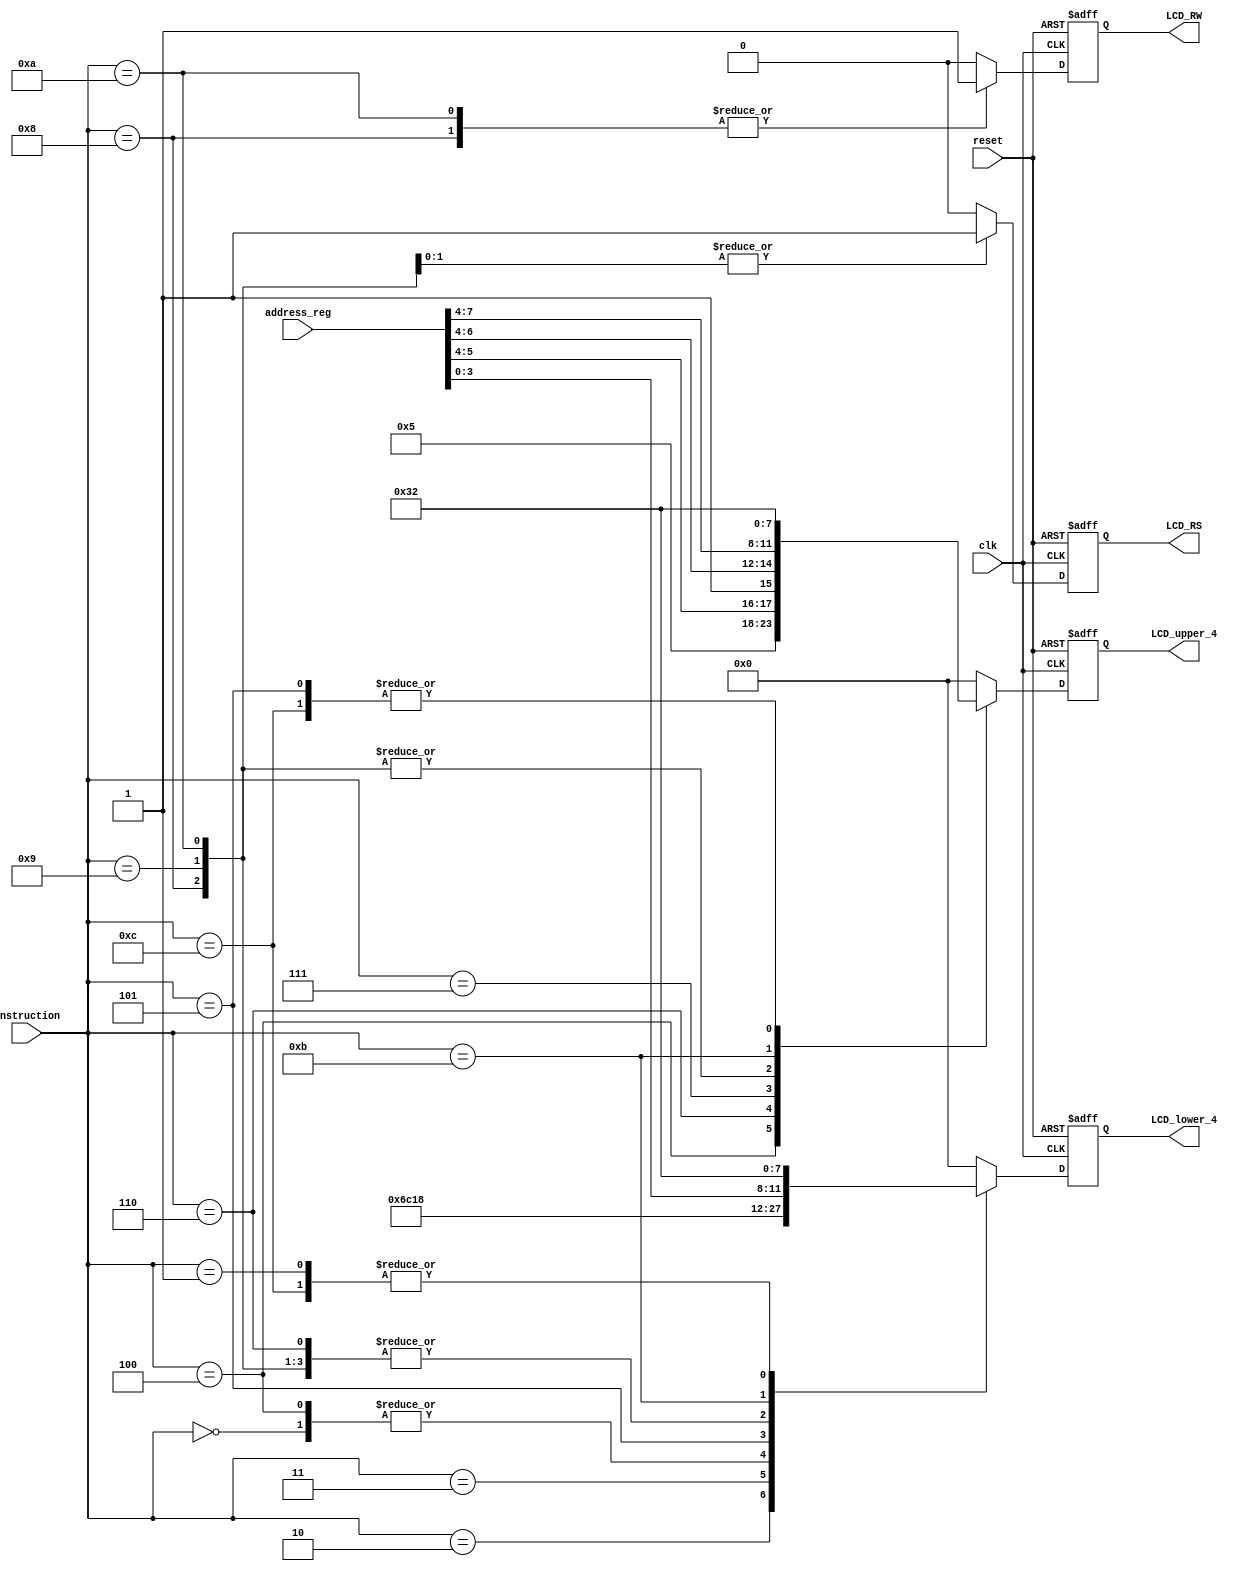
////////////////////////////////////////////////////
//Module : LCD instruction decode module 
//Discreption : Decodes each instruction to the appropriate signals to be send
////////////////////////////////////////////////////
module LCD_inst_decode(
	clk,
	reset,
	instruction,
	LCD_RS,
	LCD_RW,
	LCD_upper_4,
	LCD_lower_4,
	address_reg
);

input clk, reset;
input [7:0] address_reg;

output reg LCD_RS, LCD_RW;	

output reg [3:0] LCD_upper_4;
output reg [3:0] LCD_lower_4;

input [3:0] instruction;


always @(posedge clk or posedge reset) begin
	if (reset) begin
		LCD_RS <= 1'b0;
		LCD_RW <= 1'b0;
		LCD_upper_4 <= 4'b0000;
		LCD_lower_4 <= 4'b0001;
	end else begin
		case(instruction)
			//Instruction 0 Clear Display
			'd0:
			begin
				LCD_RS <= 1'b0;
				LCD_RW <= 1'b0;
				LCD_upper_4 <= 4'b0000;
				LCD_lower_4 <= 4'b0001;
			end
			//Instruction 1 Return Cursor Home
			'd1:
			begin
				LCD_RS <= 1'b0;
				LCD_RW <= 1'b0;
				LCD_upper_4 <= 4'b0000;
				LCD_lower_4 <= 4'b0010;					
			end
			//Instruction 2 Entry Mode Set 
			'd2:
			begin
				LCD_RS <= 'b0;
				LCD_RW <= 'b0;
				LCD_upper_4 <= 4'b0000;
				LCD_lower_4 <= 4'b0110;	
			end
			//Instruction 3 Display On/Off
			'd3:
			begin
				LCD_RS <= 1'b0;
				LCD_RW <= 1'b0;
				LCD_upper_4 <= 4'b0000;
				LCD_lower_4 <= 4'b1100;
			end
			//Instruction 4 Cursor and Display Shift
			'd4:
			begin
				LCD_RS <= 1'b0;
				LCD_RW <= 1'b0;
				LCD_upper_4 <= 4'b0001;
				LCD_lower_4 <= 4'b0001;
			end
			//Instruction 5 Function Set
			'd5:
			begin
				LCD_RS <= 1'b0;
				LCD_RW <= 1'b0;
				LCD_upper_4 <= 4'b0010;
				LCD_lower_4 <= 4'b1000;
			end
			//Instruction 6 Set CGRAM Addres
			'd6:
			begin
				LCD_RS <= 1'b0;
				LCD_RW <= 1'b0;
				LCD_upper_4 <= {2'b01, address_reg[5:4]};
				LCD_lower_4 <= address_reg[3:0];
			end
			//Instruction 7 Set DDRAM Address
			'd7:
			begin
				LCD_RS <= 1'b0;
				LCD_RW <= 1'b0;
				LCD_upper_4 <= {1'b1, address_reg[6:4]};
				LCD_lower_4 <= address_reg[3:0];
			end
			//Instruction 8 Ready Busy Flag and Address
			'd8:
			begin
				LCD_RS <= 1'b0;
				LCD_RW <= 1'b1;
				LCD_upper_4 <= address_reg[7:4];
				LCD_lower_4 <= address_reg[3:0];
			end
			//Instruction 9 Write Data to CGRAM/DDRAM
			'd9:
			begin
				LCD_RS <= 1'b1;
				LCD_RW <= 1'b0;
				LCD_upper_4 <= address_reg[7:4];
				LCD_lower_4 <= address_reg[3:0];
			end
			//Instruction 10 Read Data from CGRAM/DDRAM
			'd10:
			begin
				LCD_RS <= 1'b1;
				LCD_RW <= 1'b1;
				LCD_upper_4 <= address_reg[7:4];
				LCD_lower_4 <= address_reg[3:0];
			end
			//Instruction 11 Send 0x03 to the SF_D
			'd11:
			begin
				LCD_RS <= 1'b0;
				LCD_RW <= 1'b0;
				LCD_upper_4 <= 4'b0011;
				LCD_lower_4 <= 4'b0011;
			end
			//Instruction 12 Send 0x02 to the SF_D
			'd12:
			begin
				LCD_RS <= 1'b0;
				LCD_RW <= 1'b0;
				LCD_upper_4 <= 4'b0010;
				LCD_lower_4 <= 4'b0010;
			end
			default:
			begin
				LCD_RS <= 1'b0;
				LCD_RW <= 1'b0;
				LCD_upper_4 <= 4'b0000;
				LCD_lower_4 <= 4'b0000;
			end
		endcase
	end
end

endmodule // LCD_FSM